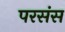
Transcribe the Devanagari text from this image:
परसंस